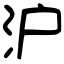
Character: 沪